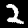
Label: 2